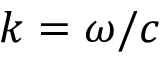
k = \omega / c